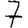
Digit: 7